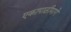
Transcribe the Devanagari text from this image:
एकापाठीमागे